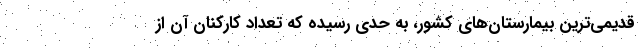
قدیمی‌ترین بیمارستان‌های کشور، به حدی رسیده که تعداد کارکنان آن از